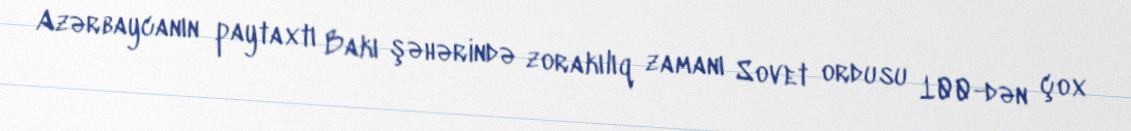
Azərbaycanın paytaxtı Bakı şəhərində zorakılıq zamanı Sovet ordusu 100-dən çox